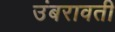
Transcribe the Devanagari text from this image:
उंबरावती